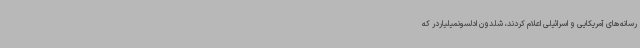
رسانه‌های آمریکایی و اسرائیلی اعلام کردند، شلدون ادلسونمیلیاردر که